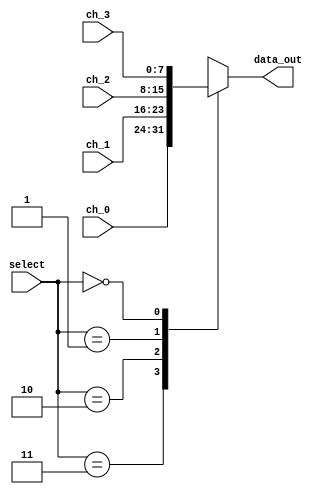
`timescale 1ns / 1ps
//////////////////////////////////////////////////////////////////////////////////
// Company: Tecnolgico de Costa Rica
// 
// Design Name: 
// Module Name: Mux_4x1
// Project Name: 
// Target Devices: 
// Tool Versions: 
// Description: 
// 
//////////////////////////////////////////////////////////////////////////////////

module Mux_4x1(

    //INPUTS
    input wire [1:0] select,
    input wire [7:0] ch_0,
    input wire [7:0] ch_1,
    input wire [7:0] ch_2,
    input wire [7:0] ch_3,
    //OUTPUTS
    output reg [7:0] data_out
    );

    always @*
        begin
            case(select)
                2'b11: data_out = ch_0;
                2'b10: data_out = ch_1;
                2'b01: data_out = ch_2;
                2'b00: data_out = ch_3;
                default : data_out = ch_0;
            endcase
        end

endmodule